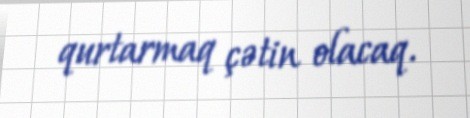
qurtarmaq çətin olacaq.